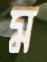
ম